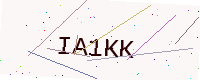
Text: IA1KK